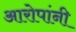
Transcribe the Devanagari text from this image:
आरोपांनी